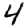
Digit: 4